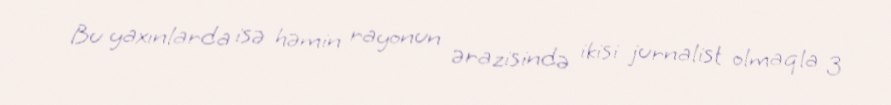
Bu yaxınlarda isə həmin rayonun ərazisində ikisi jurnalist olmaqla 3